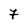
Character: 7